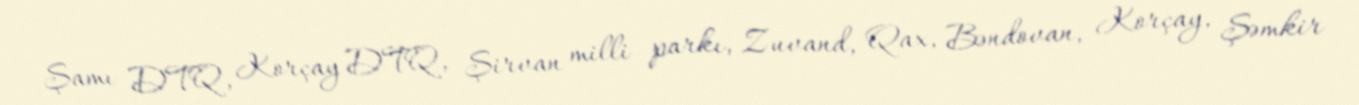
Şamı DTQ, Korçay DTQ, Şirvan milli parkı, Zuvand, Qax, Bəndovan, Korçay, Şəmkir